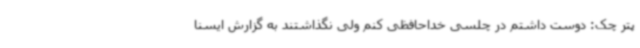
پتر چک: دوست داشتم در چلسی خداحافظی کنم ولی نگذاشتند به گزارش ایسنا